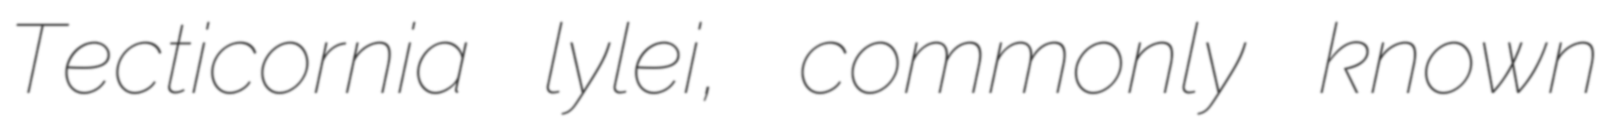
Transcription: Tecticornia lylei, commonly known